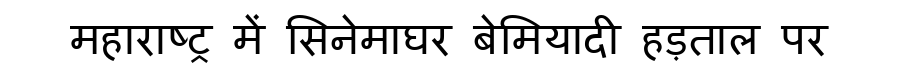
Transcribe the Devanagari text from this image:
महाराष्ट्र में सिनेमाघर बेमियादी हड़ताल पर